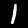
Label: 1